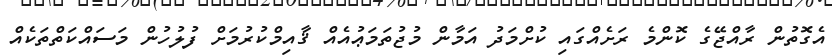
އެގޮތުން ރާއްޖޭގެ ކޮންމެ ރަށެއްގައި ކުށްމަދު އަމާން މުޖުތަމަޢުއެއް ޤާއިމްކުރުމަށް ފުލުހުން މަސައްކަތްތަކެއް